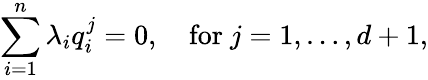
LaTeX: \sum_{i=1}^{n}\lambda_{i}q_{i}^{j}=0,\quad\mathrm{for}\ j=1,\dots,d+1,